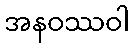
အနဝဿဝါ